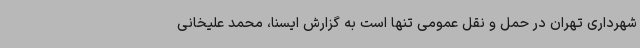
شهرداری تهران در حمل و نقل عمومی تنها است به گزارش ایسنا، محمد علیخانی